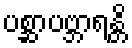
ပစ္ဆာပဗ္ဘာရန္တိ